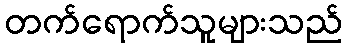
တက်ရောက်သူများသည်